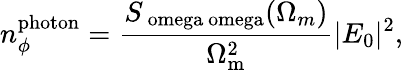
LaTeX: n_{\phi}^{\mathrm{photon}}=\frac{S_{\mathrm{\ omega\ omega}}(\Omega_{m})}{\Omega_{\mathrm{m}}^{2}}|E_{0}|^{2},